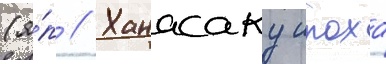
(я́п // Ханасаку ироха